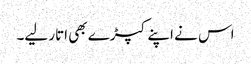
اس نے اپنے کپڑے بھی اتار لیے۔